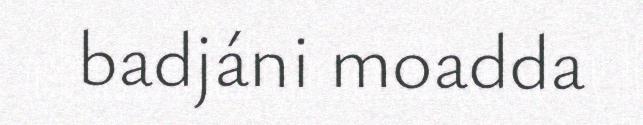
badjáni moadda